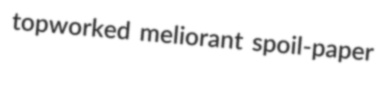
topworked meliorant spoil-paper